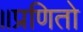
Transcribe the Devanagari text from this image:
॥प्रणितो